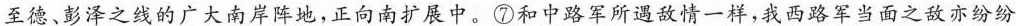
至德、彭泽之线的广大南岸阵地，正向南扩展中。⑦和中路军所遇敌情一样，我西路军当面之敌亦纷纷